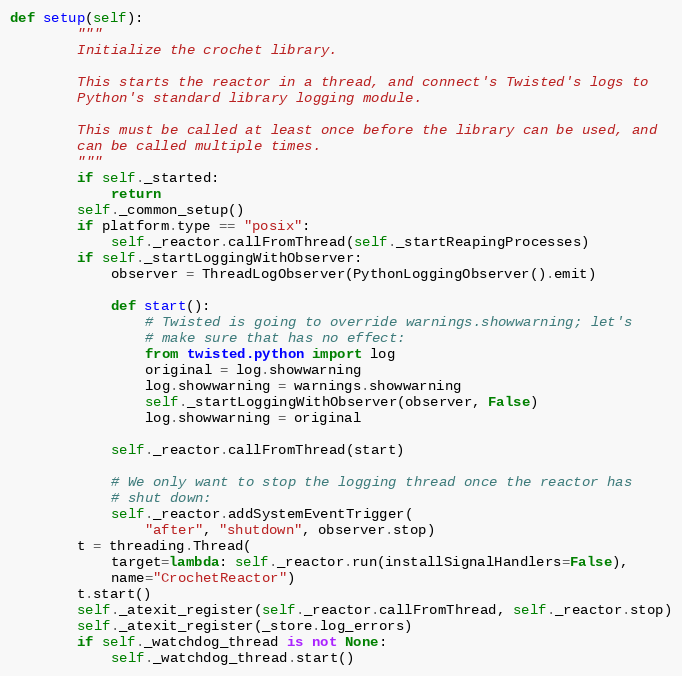
Language: Python
def setup(self):
        """
        Initialize the crochet library.

        This starts the reactor in a thread, and connect's Twisted's logs to
        Python's standard library logging module.

        This must be called at least once before the library can be used, and
        can be called multiple times.
        """
        if self._started:
            return
        self._common_setup()
        if platform.type == "posix":
            self._reactor.callFromThread(self._startReapingProcesses)
        if self._startLoggingWithObserver:
            observer = ThreadLogObserver(PythonLoggingObserver().emit)

            def start():
                # Twisted is going to override warnings.showwarning; let's
                # make sure that has no effect:
                from twisted.python import log
                original = log.showwarning
                log.showwarning = warnings.showwarning
                self._startLoggingWithObserver(observer, False)
                log.showwarning = original

            self._reactor.callFromThread(start)

            # We only want to stop the logging thread once the reactor has
            # shut down:
            self._reactor.addSystemEventTrigger(
                "after", "shutdown", observer.stop)
        t = threading.Thread(
            target=lambda: self._reactor.run(installSignalHandlers=False),
            name="CrochetReactor")
        t.start()
        self._atexit_register(self._reactor.callFromThread, self._reactor.stop)
        self._atexit_register(_store.log_errors)
        if self._watchdog_thread is not None:
            self._watchdog_thread.start()